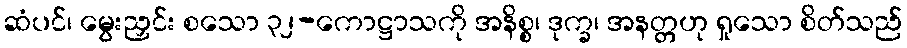
ဆံပင်၊ မွေးညှင်း စသော ၃၂-ကောဋ္ဌာသကို အနိစ္စ၊ ဒုက္ခ၊ အနတ္တဟု ရှုသော စိတ်သည်